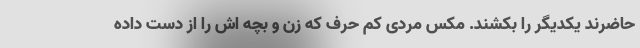
حاضرند یکدیگر را بکشند. مکس مردی کم حرف که زن و بچه اش را از دست داده